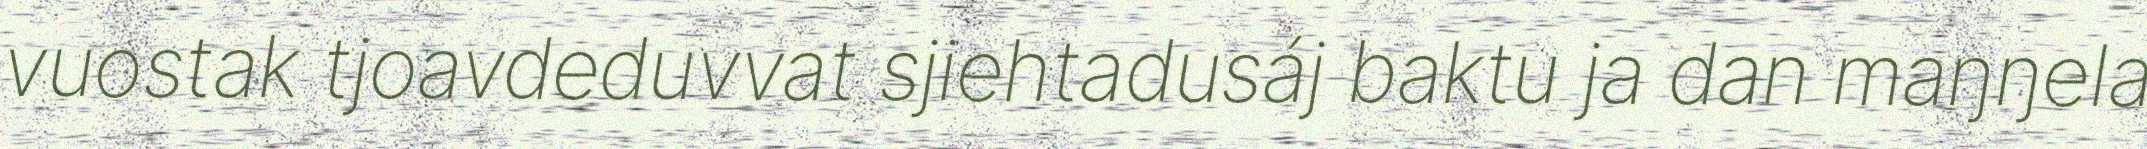
vuostak tjoavdeduvvat sjiehtadusáj baktu ja dan maŋŋela